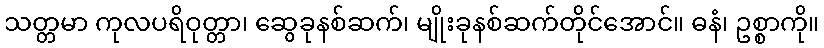
သတ္တမာ ကုလပရိဝုတ္တာ၊ ဆွေခုနစ်ဆက်၊ မျိုးခုနစ်ဆက်တိုင်အောင်။ ဓနံ၊ ဥစ္စာကို။